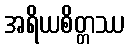
အရိယစိတ္တဿ